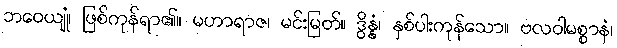
ဘဝေယျုံ၊ ဖြစ်ကုန်ရာ၏။ မဟာရာဇ၊ မင်းမြတ်။ ဒွိန္နံ၊ နှစ်ပါးကုန်သော။ ဗလဝါမစ္စာနံ၊